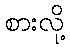
စားလို့